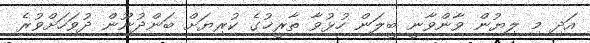
އަދި މި ލިޔުން ވާންވާނީ ބީލަން ހުޅުވާ ތާރީޚުގެ ކުރިޔަށް ބަންދުނޫން ދުވަހަށްވުރެ